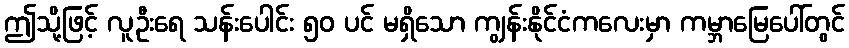
ဤသို့ဖြင့် လူဦးရေ သန်းပေါင်း ၅၀ ပင် မရှိသော ကျွန်းနိုင်ငံကလေးမှာ ကမ္ဘာမြေပေါ်တွင်